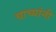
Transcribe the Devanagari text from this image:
चाच्यांनी